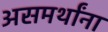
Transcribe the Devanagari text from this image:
असमर्थांना